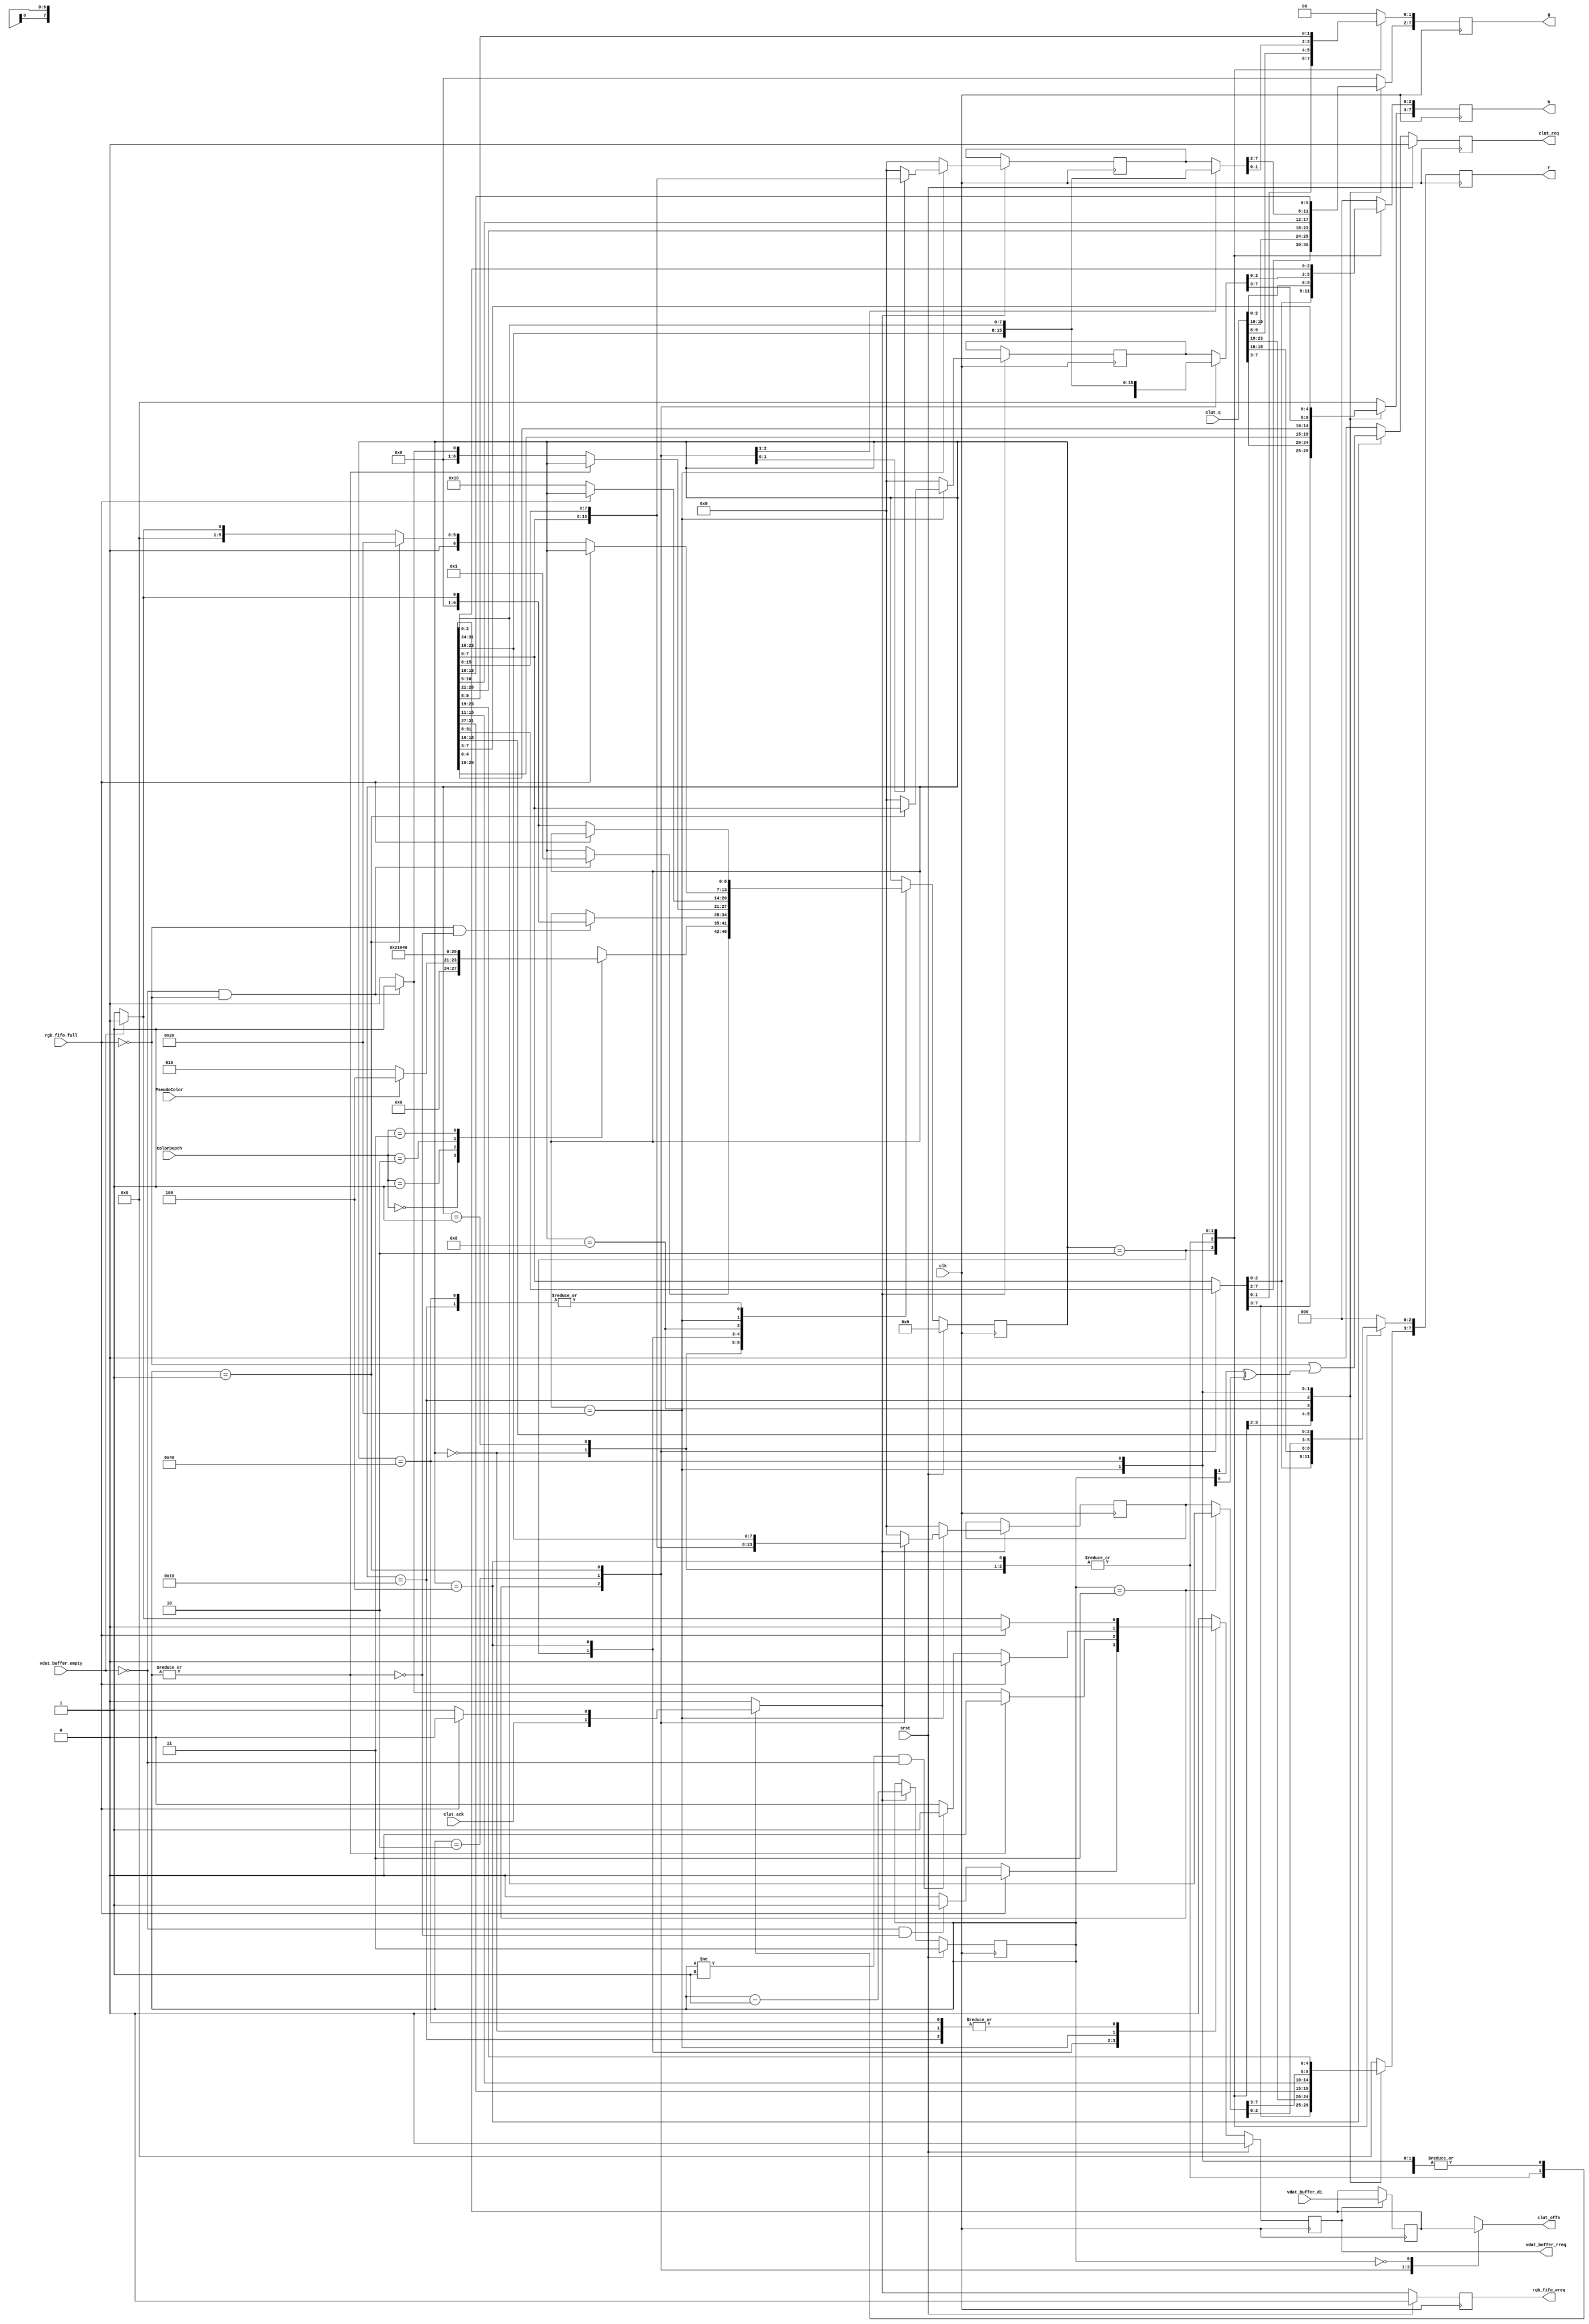
/////////////////////////////////////////////////////////////////////
////                                                             ////
////  WISHBONE rev.B2 compliant VGA/LCD Core                     ////
////  Enhanced Color Processor                                   ////
////                                                             ////
////          richard@asics.ws                                   ////
////          www.asics.ws                                       ////
////                                                             ////
////  Downloaded from: http://www.opencores.org/projects/vga_lcd ////
////                                                             ////
/////////////////////////////////////////////////////////////////////
////                                                             ////
//// Copyright (C) 2001, 2002 Richard Herveille                  ////
////                          richard@asics.ws                   ////
////                                                             ////
//// This source file may be used and distributed without        ////
//// restriction provided that this copyright statement is not   ////
//// removed from the file and that any derivative work contains ////
//// the original copyright notice and the associated disclaimer.////
////                                                             ////
////     THIS SOFTWARE IS PROVIDED ``AS IS'' AND WITHOUT ANY     ////
//// EXPRESS OR IMPLIED WARRANTIES, INCLUDING, BUT NOT LIMITED   ////
//// TO, THE IMPLIED WARRANTIES OF MERCHANTABILITY AND FITNESS   ////
//// FOR A PARTICULAR PURPOSE. IN NO EVENT SHALL THE AUTHOR      ////
//// OR CONTRIBUTORS BE LIABLE FOR ANY DIRECT, INDIRECT,         ////
//// INCIDENTAL, SPECIAL, EXEMPLARY, OR CONSEQUENTIAL DAMAGES    ////
//// (INCLUDING, BUT NOT LIMITED TO, PROCUREMENT OF SUBSTITUTE   ////
//// GOODS OR SERVICES; LOSS OF USE, DATA, OR PROFITS; OR        ////
//// BUSINESS INTERRUPTION) HOWEVER CAUSED AND ON ANY THEORY OF  ////
//// LIABILITY, WHETHER IN  CONTRACT, STRICT LIABILITY, OR TORT  ////
//// (INCLUDING NEGLIGENCE OR OTHERWISE) ARISING IN ANY WAY OUT  ////
//// OF THE USE OF THIS SOFTWARE, EVEN IF ADVISED OF THE         ////
//// POSSIBILITY OF SUCH DAMAGE.                                 ////
////                                                             ////
/////////////////////////////////////////////////////////////////////

//  CVS Log
//
//  $Id: vga_colproc.v,v 1.8 2003-05-07 09:48:54 rherveille Exp $
//
//  $Date: 2003-05-07 09:48:54 $
//  $Revision: 1.8 $
//  $Author: rherveille $
//  $Locker:  $
//  $State: Exp $
//
// Change History:
//               $Log: not supported by cvs2svn $
//               Revision 1.7  2002/03/04 11:01:59  rherveille
//               Added 64x64pixels 4bpp hardware cursor support.
//
//               Revision 1.6  2002/02/07 05:42:10  rherveille
//               Fixed some bugs discovered by modified testbench
//               Removed / Changed some strange logic constructions
//               Started work on hardware cursor support (not finished yet)
//               Changed top-level name to vga_enh_top.v
//

//synopsys translate_off
//synopsys translate_on

module vga_colproc(clk, srst, vdat_buffer_di, ColorDepth, PseudoColor, 
	vdat_buffer_empty, vdat_buffer_rreq, rgb_fifo_full,
	rgb_fifo_wreq, r, g, b,
	clut_req, clut_ack, clut_offs, clut_q
	);

	//
	// inputs & outputs
	//
	input clk;                    // master clock
	input srst;                   // synchronous reset

	input [31:0] vdat_buffer_di;  // video memory data input

	input [1:0] ColorDepth;       // color depth (8bpp, 16bpp, 24bpp)
	input       PseudoColor;      // pseudo color enabled (only for 8bpp color depth)

	input  vdat_buffer_empty;
	output vdat_buffer_rreq;      // pixel buffer read request
	reg    vdat_buffer_rreq;

	input  rgb_fifo_full;
	output rgb_fifo_wreq;
	reg    rgb_fifo_wreq;
	output [7:0] r, g, b;         // pixel color information
	reg    [7:0] r, g, b;

	output        clut_req;       // clut request
	reg clut_req;
	input         clut_ack;       // clut acknowledge
	output [ 7:0] clut_offs;      // clut offset
	reg [7:0] clut_offs;
	input  [23:0] clut_q;         // clut data in

	//
	// variable declarations
	//
	reg [31:0] DataBuffer;

	reg [7:0] Ra, Ga, Ba;
	reg [1:0] colcnt;
	reg RGBbuf_wreq;

	//
	// Module body
	//

	// store word from pixelbuffer / wishbone input
	always @(posedge clk)
		if (vdat_buffer_rreq)
			DataBuffer <= #1 vdat_buffer_di;

	//
	// generate statemachine
	//
	// extract color information from data buffer
	parameter idle        = 7'b000_0000, 
	          fill_buf    = 7'b000_0001,
	          bw_8bpp     = 7'b000_0010,
	          col_8bpp    = 7'b000_0100,
	          col_16bpp_a = 7'b000_1000,
	          col_16bpp_b = 7'b001_0000,
	          col_24bpp   = 7'b010_0000,
	          col_32bpp   = 7'b100_0000;

	reg [6:0] c_state;   // synopsys enum_state
	reg [6:0] nxt_state; // synopsys enum_state

	// next state decoder
	always @(c_state or vdat_buffer_empty or ColorDepth or PseudoColor or rgb_fifo_full or colcnt or clut_ack)
	begin : nxt_state_decoder
		// initial value
		nxt_state = c_state;

		case (c_state) // synopsis full_case parallel_case
			// idle state
			idle:
				if (!vdat_buffer_empty && !rgb_fifo_full)
					nxt_state = fill_buf;

			// fill data buffer
			fill_buf:
				case (ColorDepth) // synopsis full_case parallel_case
					2'b00: 
						if (PseudoColor)
							nxt_state = col_8bpp;
						else
							nxt_state = bw_8bpp;

					2'b01:
						nxt_state = col_16bpp_a;

					2'b10:
						nxt_state = col_24bpp;

					2'b11:
						nxt_state = col_32bpp;

				endcase

			//
			// 8 bits per pixel
			//
			bw_8bpp:
				if (!rgb_fifo_full && !(|colcnt) )
					if (!vdat_buffer_empty)
						nxt_state = fill_buf;
					else
						nxt_state = idle;

			col_8bpp:
				// Do NOT check for rgb_fifo_full here.
				// In 8bpp pseudo-color mode the color-processor must always finish
				// the current 4pixel-block(i.e. it runs until colcnt = '11').
				// This is because of the late clut-response which shuffles all
				// signals the state-machine depends on.
				// Because of this we can not do an early video_memory_data fetch,
				// i.e. we can not jump to the fill_buf state. Instead we always
				// jump to idle and check for rgb_fifo_full there.
				//
				// The addition of the cursor-processors forces us to increase the
				// rgb-fifo size. The increased rgb-fifo also handles the above
				// described problem. Thus erradicating the above comment.
				// We add the early video_memory_data fetch again.
				if (!(|colcnt))
					if (!vdat_buffer_empty && !rgb_fifo_full)
						nxt_state = fill_buf;
					else
						nxt_state = idle;

			//
			// 16 bits per pixel
			//
			col_16bpp_a:
				if (!rgb_fifo_full)
					nxt_state = col_16bpp_b;

			col_16bpp_b:
				if (!rgb_fifo_full)
					if (!vdat_buffer_empty)
						nxt_state = fill_buf;
					else
						nxt_state = idle;

			//
			// 24 bits per pixel
			//
			col_24bpp:
				if (!rgb_fifo_full)
					if (colcnt == 2'h1) // (colcnt == 1)
						nxt_state = col_24bpp; // stay in current state
					else if (!vdat_buffer_empty)
						nxt_state = fill_buf;
					else
						nxt_state = idle;

			//
			// 32 bits per pixel
			//
			col_32bpp:
				if (!rgb_fifo_full)
					if (!vdat_buffer_empty)
						nxt_state = fill_buf;
					else
						nxt_state = idle;
		endcase
	end // next state decoder

	// generate state registers
	always @(posedge clk)
			if (srst)
				c_state <= #1 idle;
			else
				c_state <= #1 nxt_state;


	reg iclut_req;
	reg ivdat_buf_rreq;
	reg [7:0] iR, iG, iB, iRa, iGa, iBa;

	// output decoder
	always @(c_state or vdat_buffer_empty or colcnt or DataBuffer or rgb_fifo_full or clut_ack or clut_q or Ba or Ga or Ra)
	begin : output_decoder

		// initial values
		ivdat_buf_rreq = 1'b0;
		RGBbuf_wreq = 1'b0;
		iclut_req = 1'b0;
				
		iR  = 'h0;
		iG  = 'h0;
		iB  = 'h0;
		iRa = 'h0;
		iGa = 'h0;
		iBa = 'h0;

		case (c_state) // synopsis full_case parallel_case
			idle:
				begin
					if (!rgb_fifo_full)
						if (!vdat_buffer_empty)
							ivdat_buf_rreq = 1'b1;

					// when entering from 8bpp_pseudo_color_mode
					RGBbuf_wreq = clut_ack;

					iR = clut_q[23:16];
					iG = clut_q[15: 8];
					iB = clut_q[ 7: 0];
				end

			fill_buf:
				begin
					// when entering from 8bpp_pseudo_color_mode
					RGBbuf_wreq = clut_ack;

					iR = clut_q[23:16];
					iG = clut_q[15: 8];
					iB = clut_q[ 7: 0];
				end

			//		
			// 8 bits per pixel
			//
			bw_8bpp:
			begin
				if (!rgb_fifo_full)
					begin
						RGBbuf_wreq = 1'b1;

						if ( (!vdat_buffer_empty) && !(|colcnt) )
							ivdat_buf_rreq = 1'b1;
					end

				case (colcnt) // synopsis full_case parallel_case
					2'b11:
					begin
						iR = DataBuffer[31:24];
						iG = DataBuffer[31:24];
						iB = DataBuffer[31:24];
					end

					2'b10:
					begin
						iR = DataBuffer[23:16];
						iG = DataBuffer[23:16];
						iB = DataBuffer[23:16];
					end

					2'b01:
					begin
						iR = DataBuffer[15:8];
						iG = DataBuffer[15:8];
						iB = DataBuffer[15:8];
					end

					default:
					begin
						iR = DataBuffer[7:0];
						iG = DataBuffer[7:0];
						iB = DataBuffer[7:0];
					end
				endcase
			end

			col_8bpp:
			begin
				// Do NOT check for rgb_fifo_full here.
				// In 8bpp pseudo-color mode the color-processor must always finish
				// the current 4pixel-block(i.e. it runs until colcnt = '11').
				// This is because of the late clut-response which shuffles all
				// signals the state-machine depends on.
				// Because of this we can not do an early video_memory_data fetch,
				// i.e. we can not jump to the fill_buf state. Instead we always
				// jump to idle and check for rgb_fifo_full there.
				//
				// The addition of the cursor-processors forces us to increase the
				// rgb-fifo size. The increased rgb-fifo also handles the above
				// described problem. Thus erradicating the above comment.
				// We add the early video_memory_data fetch again.
				if (!(|colcnt))
					if (!vdat_buffer_empty && !rgb_fifo_full)
						ivdat_buf_rreq = 1'b1;

				RGBbuf_wreq = clut_ack;

				iR = clut_q[23:16];
				iG = clut_q[15: 8];
				iB = clut_q[ 7: 0];

				iclut_req = !rgb_fifo_full || (colcnt[1] ^ colcnt[0]);
			end

			//
			// 16 bits per pixel
			//
			col_16bpp_a:
			begin
				if (!rgb_fifo_full)
					RGBbuf_wreq = 1'b1;

				iR[7:3] = DataBuffer[31:27];
				iG[7:2] = DataBuffer[26:21];
				iB[7:3] = DataBuffer[20:16];
			end

			col_16bpp_b:
			begin
				if (!rgb_fifo_full)
					begin
						RGBbuf_wreq = 1'b1;

						if (!vdat_buffer_empty)
							ivdat_buf_rreq = 1'b1;
					end

				iR[7:3] = DataBuffer[15:11];
				iG[7:2] = DataBuffer[10: 5];
				iB[7:3] = DataBuffer[ 4: 0];
			end

			//
			// 24 bits per pixel
			//
			col_24bpp:
			begin
				if (!rgb_fifo_full)
					begin
						RGBbuf_wreq = 1'b1;

						if ( (colcnt != 2'h1) && !vdat_buffer_empty)
							ivdat_buf_rreq = 1'b1;
					end


				case (colcnt) // synopsis full_case parallel_case
					2'b11:
					begin
						iR  = DataBuffer[31:24];
						iG  = DataBuffer[23:16];
						iB  = DataBuffer[15: 8];
						iRa = DataBuffer[ 7: 0];
					end

					2'b10:
					begin
						iR  = Ra;
						iG  = DataBuffer[31:24];
						iB  = DataBuffer[23:16];
						iRa = DataBuffer[15: 8];
						iGa = DataBuffer[ 7: 0];
					end

					2'b01:
					begin
						iR  = Ra;
						iG  = Ga;
						iB  = DataBuffer[31:24];
						iRa = DataBuffer[23:16];
						iGa = DataBuffer[15: 8];
						iBa = DataBuffer[ 7: 0];
					end

					default:
					begin
						iR = Ra;
						iG = Ga;
						iB = Ba;
					end
				endcase
			end

			//
			// 32 bits per pixel
			//
			col_32bpp:
			begin
				if (!rgb_fifo_full)
					begin
						RGBbuf_wreq = 1'b1;

						if (!vdat_buffer_empty)
							ivdat_buf_rreq = 1'b1;
					end

				iR[7:0] = DataBuffer[23:16];
				iG[7:0] = DataBuffer[15:8];
				iB[7:0] = DataBuffer[7:0];
			end

		endcase
	end // output decoder

	// generate output registers
	always @(posedge clk)
		begin
			r  <= #1 iR;
			g  <= #1 iG;
			b  <= #1 iB;

			if (RGBbuf_wreq)
				begin
					Ra <= #1 iRa;
					Ba <= #1 iBa;
					Ga <= #1 iGa;
				end

			if (srst)
				begin
					vdat_buffer_rreq <= #1 1'b0;
					rgb_fifo_wreq <= #1 1'b0;
					clut_req <= #1 1'b0;
				end
			else
				begin
					vdat_buffer_rreq <= #1 ivdat_buf_rreq;
					rgb_fifo_wreq <= #1 RGBbuf_wreq;
					clut_req <= #1 iclut_req;
				end
	end

	// assign clut offset
	always @(colcnt or DataBuffer)
	  case (colcnt) // synopsis full_case parallel_case
	      2'b11: clut_offs = DataBuffer[31:24];
	      2'b10: clut_offs = DataBuffer[23:16];
	      2'b01: clut_offs = DataBuffer[15: 8];
	      2'b00: clut_offs = DataBuffer[ 7: 0];
	  endcase


	//
	// color counter
	//
	always @(posedge clk)
	  if (srst)
	    colcnt <= #1 2'b11;
	  else if (RGBbuf_wreq)
	    colcnt <= #1 colcnt -2'h1;
endmodule